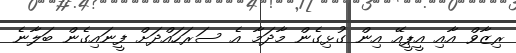
ރިޒާވް އާއި އީޕީއޭ އިން ގުޅިގެން މާދަމާ އެ ސަރަހައްދަށް ފީނައިގެން ބަލާނެ